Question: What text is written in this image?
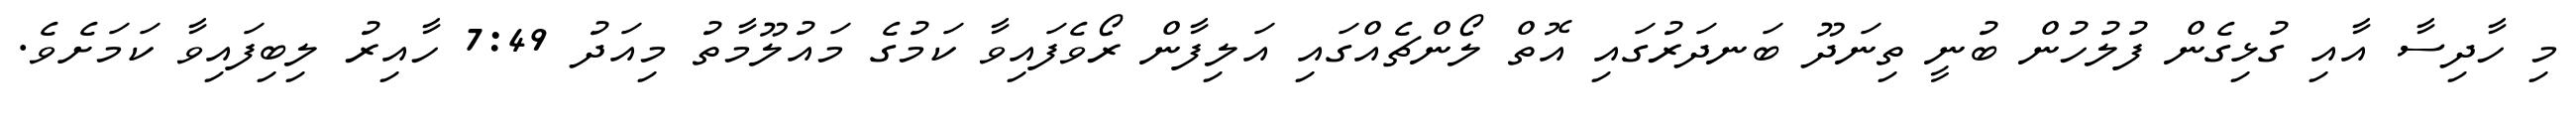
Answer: މި ހާދިސާ އާއި ގުޅިގެން ފުލުހުން ބުނީ ތިނަދޫ ބަނދަރުގައި އޮތް ލޯންޗެއްގައި އަލިފާން ރޯވެފައިވާ ކަމުގެ މައުލޫމާތު މިއަދު 7:49 ހާއިރު ލިބިފައިވާ ކަމަށެވެ.